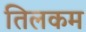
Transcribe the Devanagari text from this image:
तिलकम